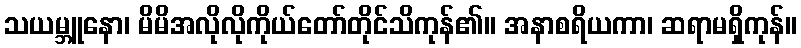
သယမ္ဘူနော၊ မိမိအလိုလိုကိုယ်တော်တိုင်သိကုန်၏။ အနာစရိယကာ၊ ဆရာမရှိကုန်။